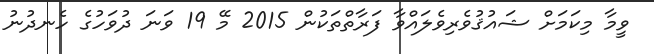
ވީމާ މިކަމަށް ޝައުޤުވެރިވެލައްވާ ފަރާތްތަކުން 2015 މޭ 19 ވަނަ ދުވަހުގެ ހެނދުނު